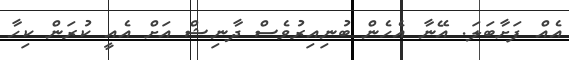
އެއް ފަށާބަލަ. އޭނާ އެހެން ބުނިއިރުވެސް ދާނިޝް އަށް އެއީ ކުރަން ކިހާ